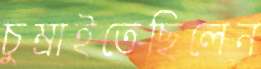
চুম্‌রাইতেছিলেন